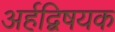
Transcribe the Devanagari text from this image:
अर्हद्विषयक